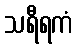
သရီရကံ